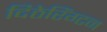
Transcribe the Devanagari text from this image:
दिठेरिंग्टन